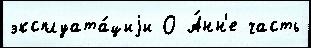
эксплуата́циjи О А́нн'е часть